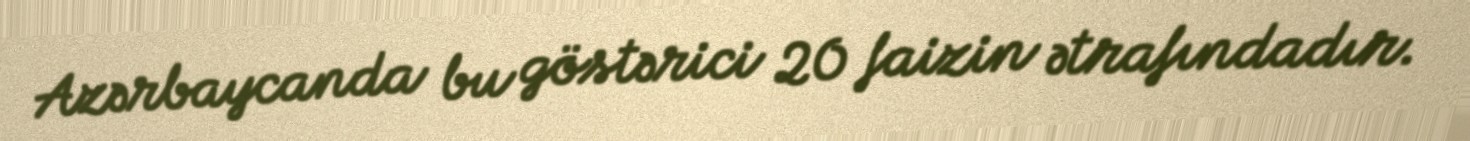
Azərbaycanda bu göstərici 20 faizin ətrafındadır.